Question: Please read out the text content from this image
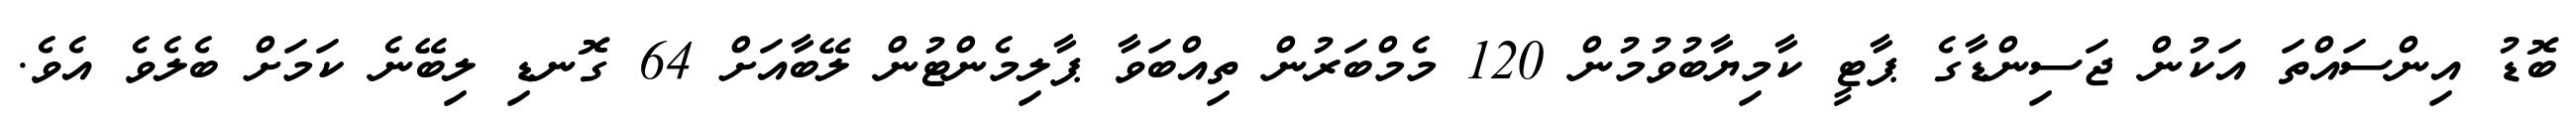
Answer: ބޮޑު އިންސައްތަ އަކުން ޖަސިންޑާގެ ޕާޓީ ކާމިޔާބުވުމުން 120 މެމްބަރުން ތިއްބަވާ ޕާލިމެންޓުން ލޭބާއަށް 64 ގޮނޑި ލިބޭނެ ކަމަށް ބެލެވެ އެވެ.